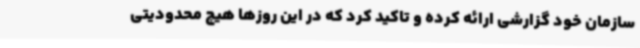
سازمان خود گزارشی ارائه کرده و تاکید کرد که در این روزها هیچ محدودیتی